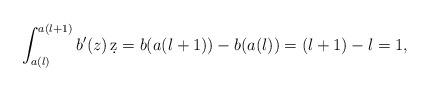
LaTeX: \begin{align*}\int_{a(l)}^{a(l+1)} b'(z)\, \d z = b(a(l+1)) - b(a(l)) = (l+1) - l = 1,\end{align*}